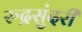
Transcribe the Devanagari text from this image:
रुद्रसुंदरी